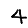
Digit: 4